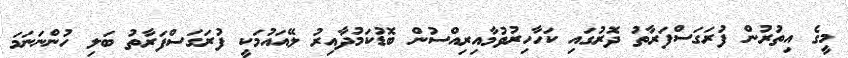
މީގެ އިތުރުން ފުރަގަސްފަރާތު ދޮރުގައި ކަހާހިރުވުމާއިރިއްސުން ބޮޑުކަމުދާއިރު ލޭއައުމަކީ ފުރަގަސްފަރާތު ބަލި ހުންނަނަމަ